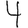
Digit: 4